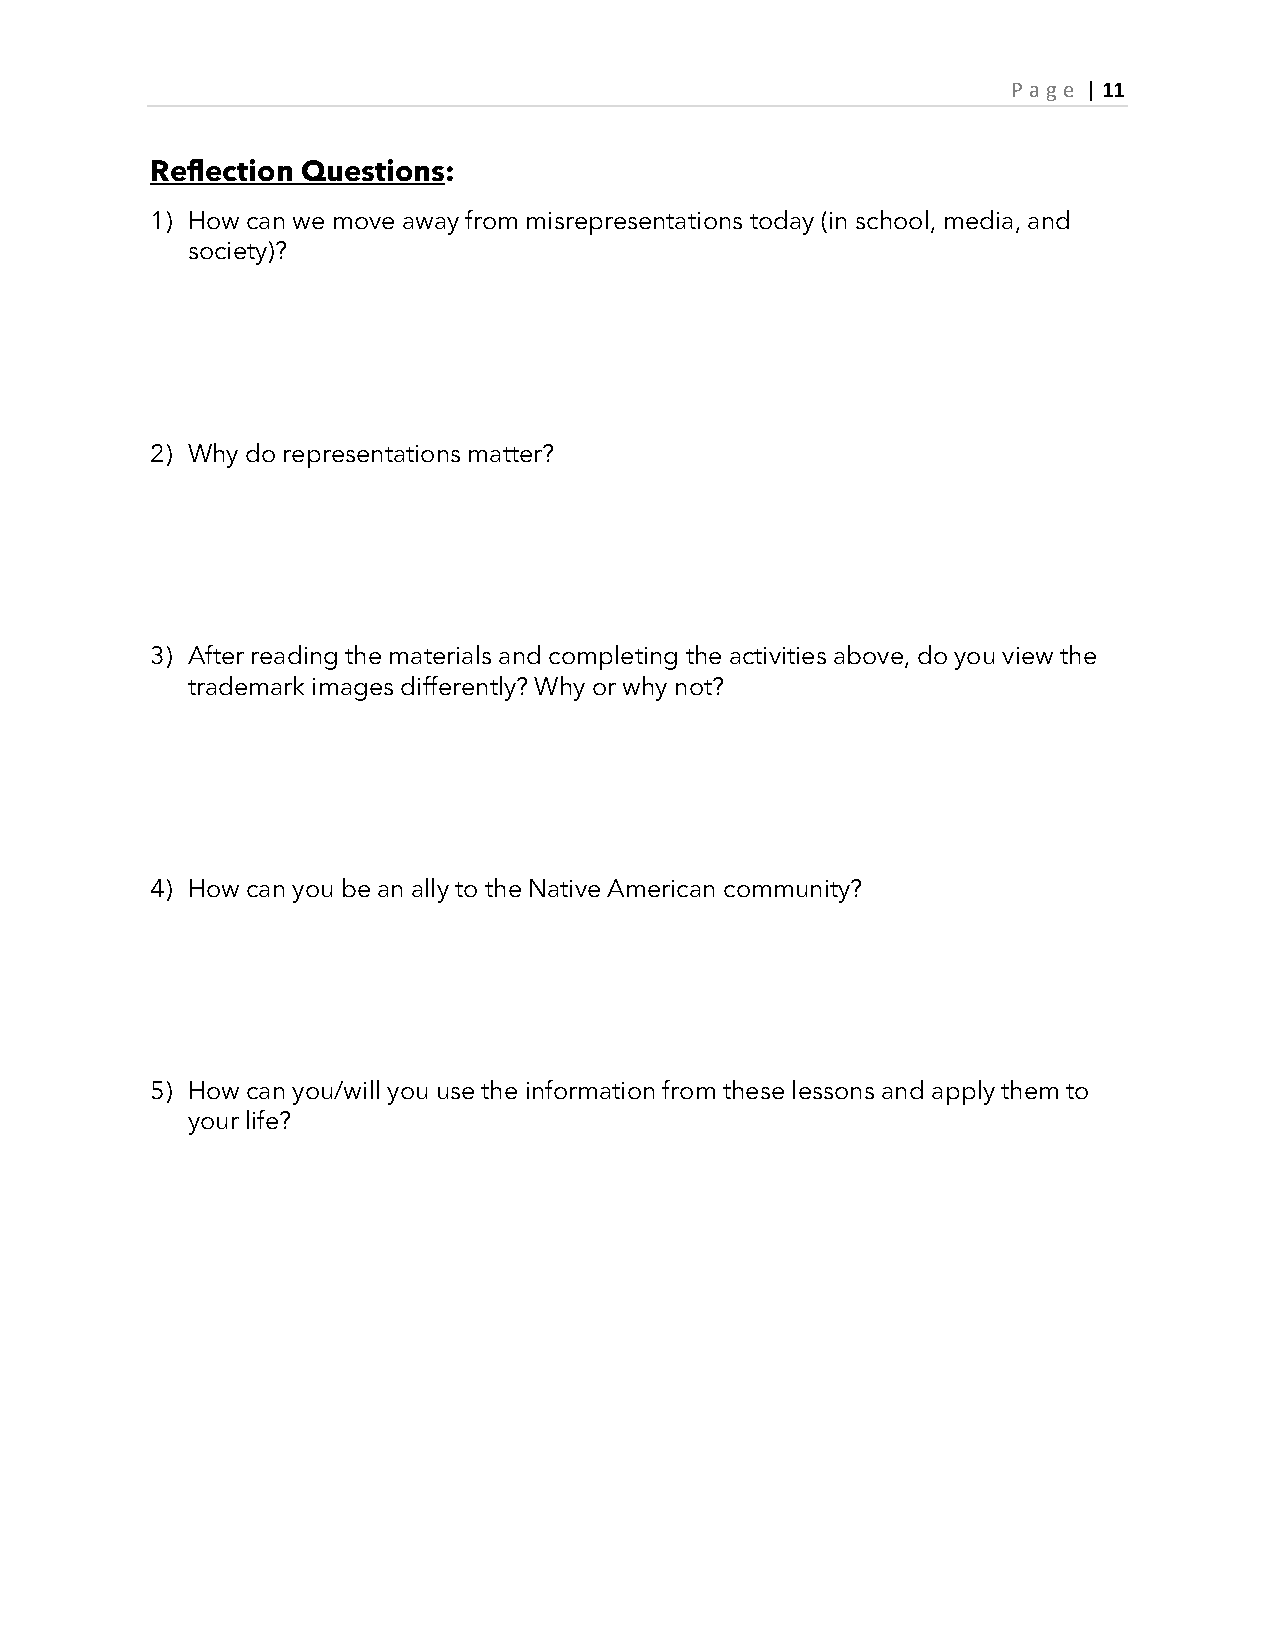
P age | 11
 Reflection Questions:
 1) How can we move away from misrepresentations today (in school, media, and
 society)?
 2) Why do representations matter?
 3) After reading the materials and completing the activities above, do you view the
 trademark images differently? Why or why not?
 4) How can you be an ally to the Native American community?
 5) How can you/will you use the information from these lessons and apply them to
 your life?